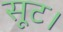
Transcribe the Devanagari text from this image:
सूट।